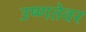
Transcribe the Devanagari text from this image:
उष्णतेवर